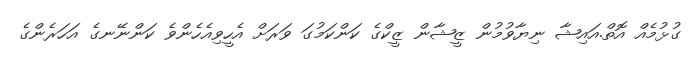
ގުޅުމެއް އޮތް.އައިޝާ ނިޔާވުމުން ޒީޝާން ޒީކްގެ ކަންކަމުގަ ވަރަށް އެހީވިއެހެންވެ ކަންނޭނގެ އަހަރެންގެ